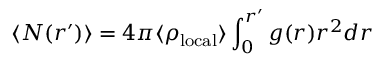
\langle N ( r ^ { \prime } ) \rangle = 4 \pi \langle \rho _ { \mathrm { l o c a l } } \rangle \int _ { 0 } ^ { r ^ { \prime } } g ( r ) r ^ { 2 } d r